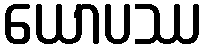
ယောပဿ